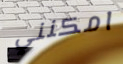
امكنني